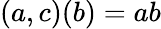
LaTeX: (a,c)(b)=ab